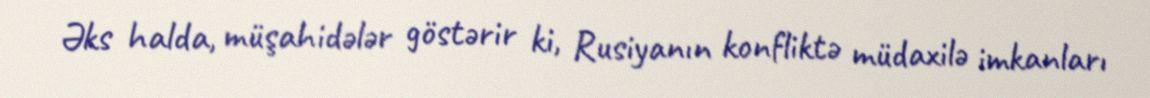
Əks halda, müşahidələr göstərir ki, Rusiyanın konfliktə müdaxilə imkanları